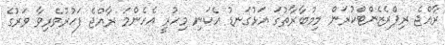
ރާއްޖެ ރިޕްރެޒެންޓްކުރަން މިމުބާރާތުގަ އަޅުގަނޑު އެކަނި މިހުރީ އެހެންމަ ރާއްޖެ ފަޙުރުވެރިވާ ވަރުގެ